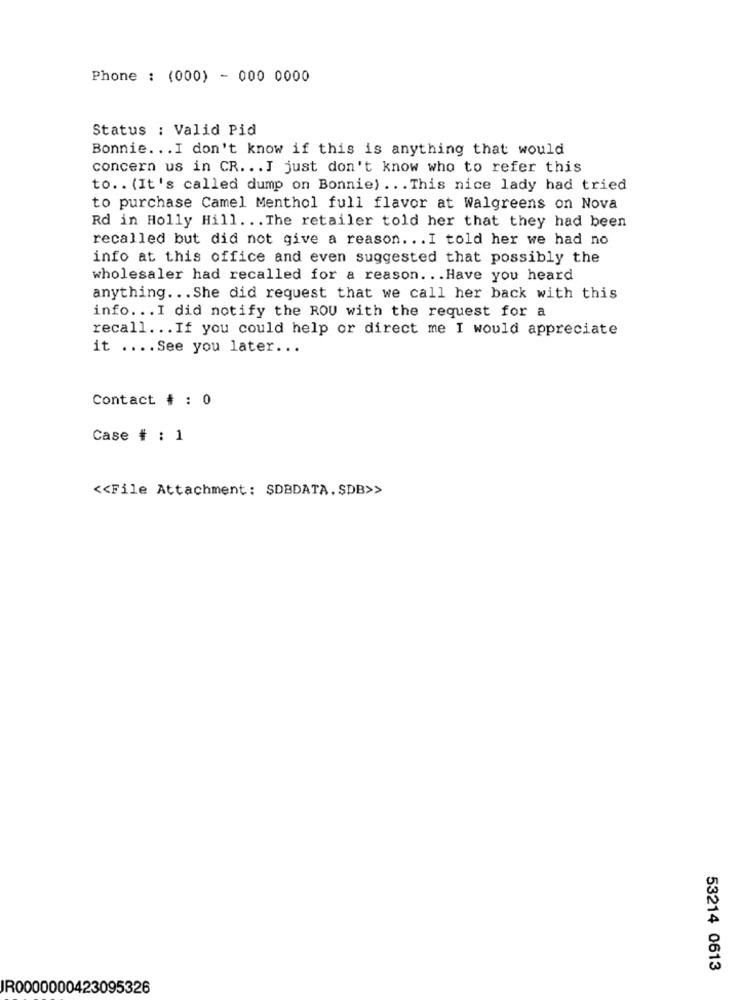
Phone : (000) - 000 0000
Status : Valid Pid
Bonnie ... I don't know if this is anything that would
concern us in CR. .. I just don't know who to refer this
to .. (It's called dump on Bonnie) ... This nice lady had tried
to purchase Camel Menthol full flavor at Walgreens on Nova
Rd in Holly Hill. .. The retailer told her that they had been
recalled but did not give a reason. .. I told her we had no
info at this office and even suggested that possibly the
wholesaler had recalled for a reason. .. Have you heard
anything ... She did request that we call her back with this
info ... I did notify the ROU with the request for a
recall ... If you could help or direct me I would appreciate
it .... See you later ...
Contact # : 0
Case # : 1
<< File Attachment: SDBDATA. SDB>>
53214 0613
IR0000000423095326